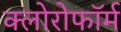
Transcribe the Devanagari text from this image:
क्‍लोरोफॉर्म